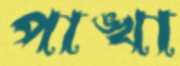
পাঙ্খা